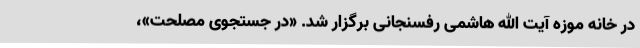
در خانه موزه آیت الله هاشمی رفسنجانی برگزار شد. «در جستجوی مصلحت»،